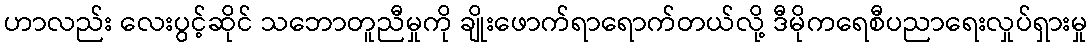
ဟာလည်း လေးပွင့်ဆိုင် သဘောတူညီမှုကို ချိုးဖောက်ရာရောက်တယ်လို့ ဒီမိုကရေစီပညာရေးလှုပ်ရှားမှု